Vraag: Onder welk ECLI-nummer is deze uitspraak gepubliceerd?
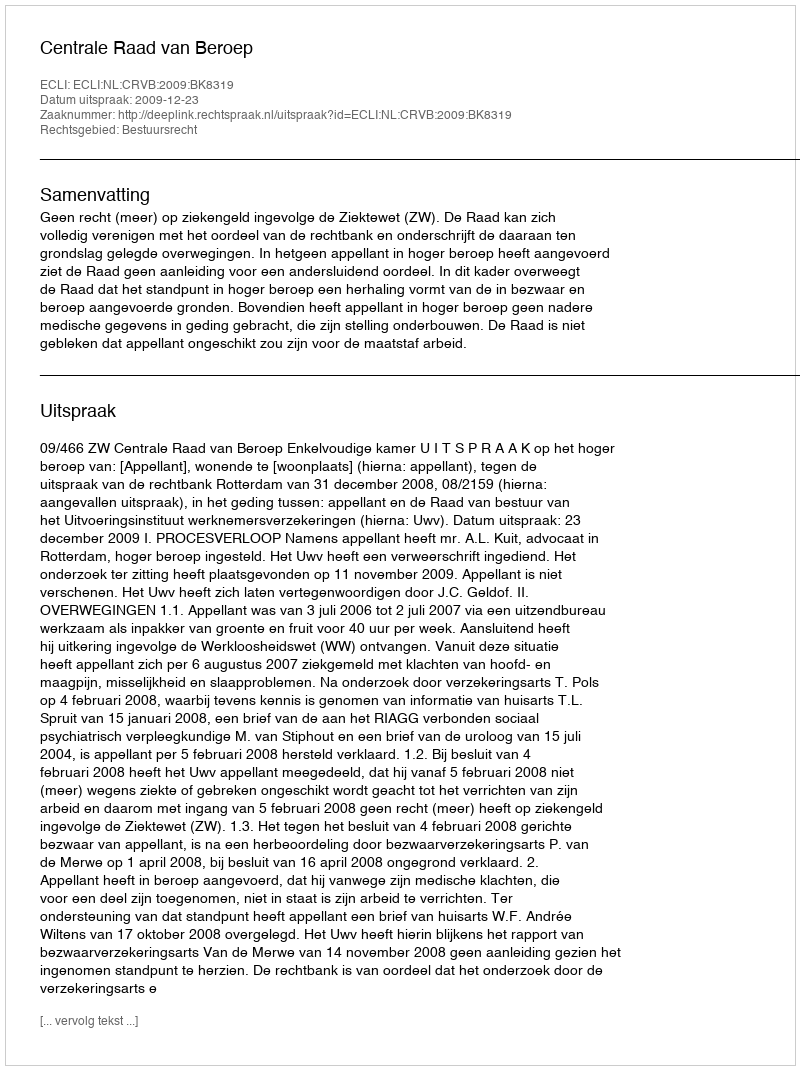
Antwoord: ECLI:NL:CRVB:2009:BK8319